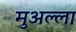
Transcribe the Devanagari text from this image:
मुअल्ला